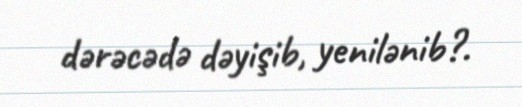
dərəcədə dəyişib, yenilənib?.